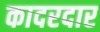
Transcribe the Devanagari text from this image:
कादरदार